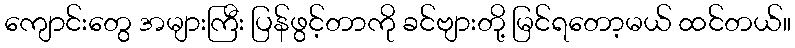
ကျောင်းတွေ အများကြီး ပြန်ဖွင့်တာကို ခင်ဗျားတို့ မြင်ရတော့မယ် ထင်တယ်။